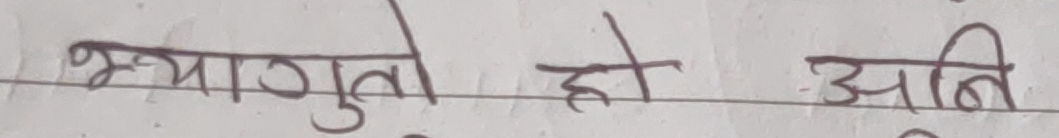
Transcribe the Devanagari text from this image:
भ्यागुतो हो अनि